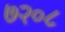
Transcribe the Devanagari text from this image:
७२०८